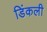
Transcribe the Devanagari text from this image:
डिंकली